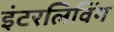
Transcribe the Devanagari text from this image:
इंटरलिविंग